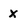
Character: x